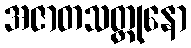
အဇာတသတ္တုနော